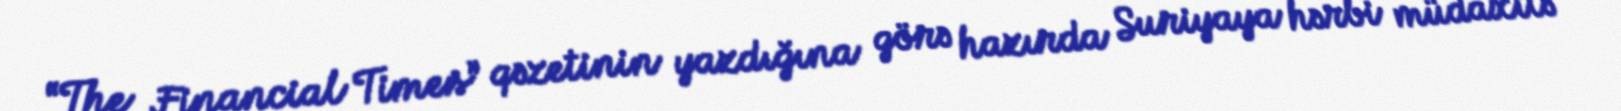
“The Financial Times” qəzetinin yazdığına görə hazırda Suriyaya hərbi müdaxilə